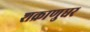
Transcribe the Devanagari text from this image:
शक्राणुधर